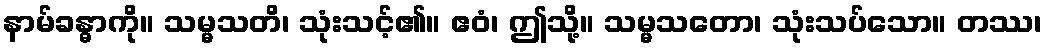
နာမ်ခန္ဓာကို။ သမ္မသတိ၊ သုံးသင့်၏။ ဧဝံ၊ ဤသို့။ သမ္မသတော၊ သုံးသပ်သော။ တဿ၊